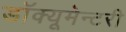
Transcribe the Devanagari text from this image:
डॉक्यूमेन्टरी